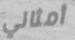
أمثالي